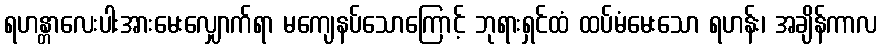
ရဟန္တာလေးပါးအားမေးလျှောက်ရာ မကျေနပ်သောကြောင့် ဘုရားရှင်ထံ ထပ်မံမေးသော ရဟန်း၊ အချိန်ကာလ